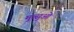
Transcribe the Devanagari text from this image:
मुत्सुओ